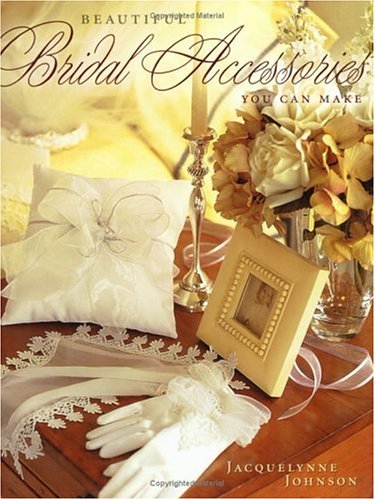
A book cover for Beautiful Bridal Accessories You Can Make; Jacquelynne Johnson; Crafts, Hobbies & Home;